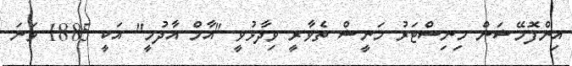
އިންފޮމޭޝަން މިނިސްޓަރު މަނީޝް ތެވާރީ ވިދާޅުވީ "އާމް އާދުމީ" އަކީ 1885 ވަނަ